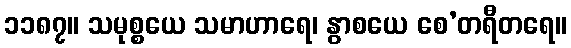
၁၁၈၇။ သမုစ္စယေ သမာဟာရေ၊ နွာစယေ စေ’တရီတရေ။